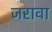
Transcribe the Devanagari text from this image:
जरावा